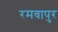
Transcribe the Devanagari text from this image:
रमवापुर